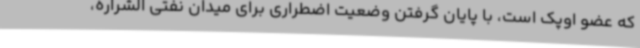
که عضو اوپک است، با پایان گرفتن وضعیت اضطراری برای میدان نفتی الشراره،